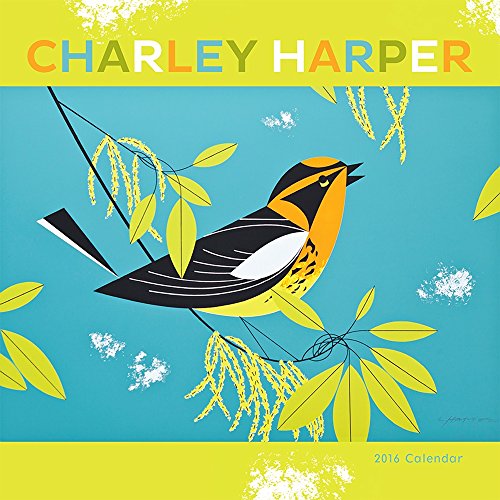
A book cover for Charley Harper 2016 Calendar; Charley Harper; Calendars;